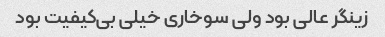
زینگر عالی بود ولی سوخاری خیلی بی‌کیفیت بود